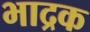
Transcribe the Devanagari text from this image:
भाद्रक